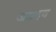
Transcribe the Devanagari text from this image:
जात्दव